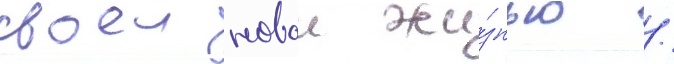
своеи новои жи́знью /